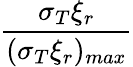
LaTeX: \frac{\sigma_{T}\xi_{r}}{(\sigma_{T}\xi_{r})_{max}}